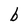
Character: b